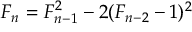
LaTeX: F _ { n } = F _ { n - 1 } ^ { 2 } - 2 ( F _ { n - 2 } - 1 ) ^ { 2 }